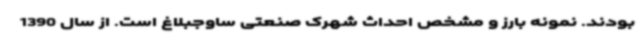
بودند. نمونه بارز و مشخص احداث شهرک صنعتی ساوجبلاغ است. از سال 1390